Annual administration and progress report of the Indian Medical Department, Bombay
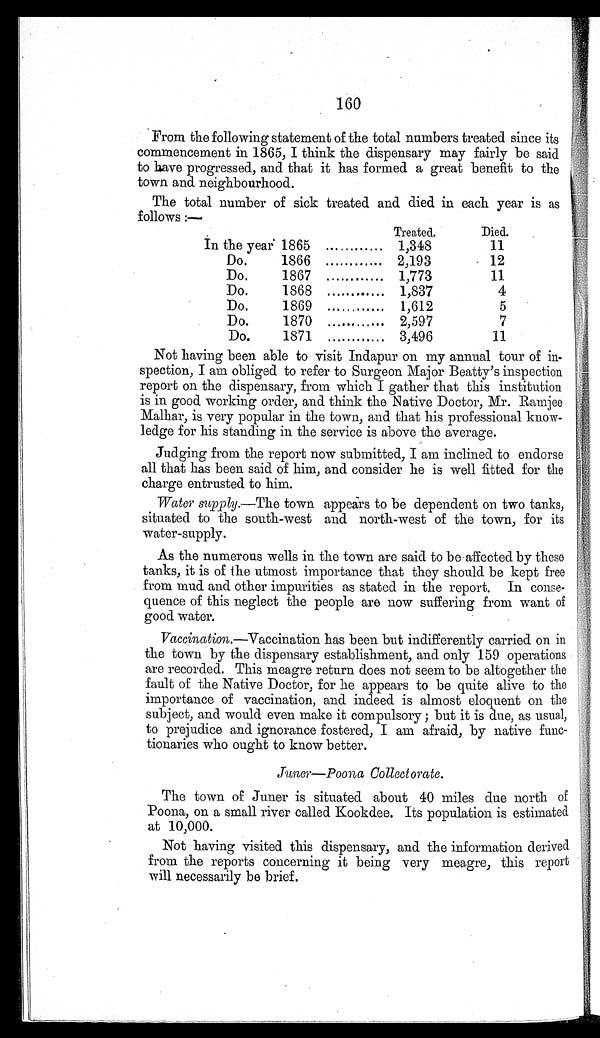
160
From the following statement of the total numbers treated since its
commencement in 1865, I think the dispensary may fairly be said
to have progressed, and that it has formed a great benefit to the
town and neighbourhood.
The total number of sick treated and died in each year is as
follows :—
Treated.
Died.
In the year 1865
1,348
11
Do.
1866
2,193
12
Do.
1867
1,773
11
Do
1868
1,837
4
Do.
1869
1,612
5
Do.
1870
2,597
7
Do.
1871
3,496
11
Not having been able to visit Indapur on my annual tour of in-
spection, I am obliged to refer to Surgeon Major Beatty's inspection
report on the dispensary, from which I gather that this institution
is in good working order, and think the Native Doctor, Mr. Ramjee
Malhar, is very popular in the town, and that his professional know-
ledge for his standing in the service is above the average.
Judging from the report now submitted, I am inclined to endorse
all that has been said of him, and consider he is well fitted for the
charge entrusted to him.
Water supply.—The town appears to be dependent on two tanks,
situated to the south-west and north-west of the town, for its
water-supply.
As the numerous wells in the town are said to be affected by these
tanks, it is of the utmost importance that they should be kept free
from mud and other impurities as stated in the report. In conse-
quence of this neglect the people are now suffering from want of
good water.
Vaccination.—Vaccination has been but indifferently carried on in
the town by the dispensary establishment, and only 159 operations
are recorded. This meagre return does not seem to be altogether the
fault of the Native Doctor, for he appears to be quite alive to the
importance of vaccination, and indeed is almost eloquent on the
subject, and would even make it compulsory; but it is due, as usual,
to prejudice and ignorance fostered, I am afraid, by native func-
tionaries who ought to know better.
Juner—Poona Collectorate.
The town of Juner is situated about 40 miles due north of
Poona, on a small river called Kookdee. Its population is estimated
at 10,000.
Not having visited this dispensary, and the information derived
from the reports concerning it being very meagre, this report
will necessarily be brief.